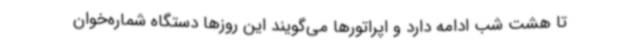
تا هشت شب ادامه دارد و اپراتورها می‌گویند این روزها دستگاه شماره‌خوان